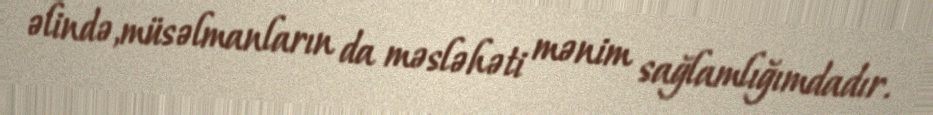
əlində,müsəlmanların da məsləhəti mənim sağlamlığımdadır.